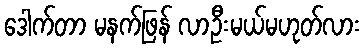
ဒေါက်တာ မနက်ဖြန် လာဦးမယ်မဟုတ်လား